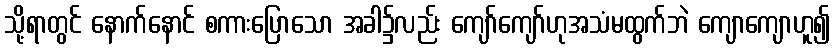
သို့ရာတွင် နောက်နောင် စကားပြောသော အခါ၌လည်း ကျော်ကျော်ဟုအသံမထွက်ဘဲ ကျောကျောဟူ၍